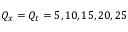
Q _ { x } = Q _ { t } = 5 , 1 0 , 1 5 , 2 0 , 2 5